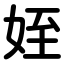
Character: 姪